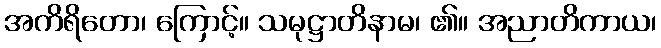
အကိရိတော၊ ကြောင့်။ သမုဋ္ဌာတိနာမ၊ ၏။ အညာတိကာယ၊